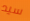
سيد